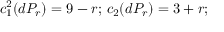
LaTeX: c _ { 1 } ^ { 2 } ( d P _ { r } ) = 9 - r ; \, c _ { 2 } ( d P _ { r } ) = 3 + r ;